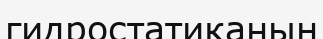
гидростатиканың